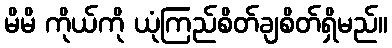
မိမိ ကိုယ်ကို ယုံကြည်စိတ်ချစိတ်ရှိမည်။